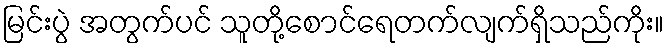
မြင်းပွဲ အတွက်ပင် သူတို့စောင်ရေတက်လျက်ရှိသည်ကိုး။